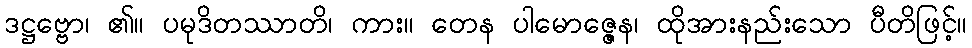
ဒဋ္ဌဗ္ဗော၊ ၏။ ပမုဒိတဿာတိ၊ ကား။ တေန ပါမောဇ္ဇေန၊ ထိုအားနည်းသော ပီတိဖြင့်။